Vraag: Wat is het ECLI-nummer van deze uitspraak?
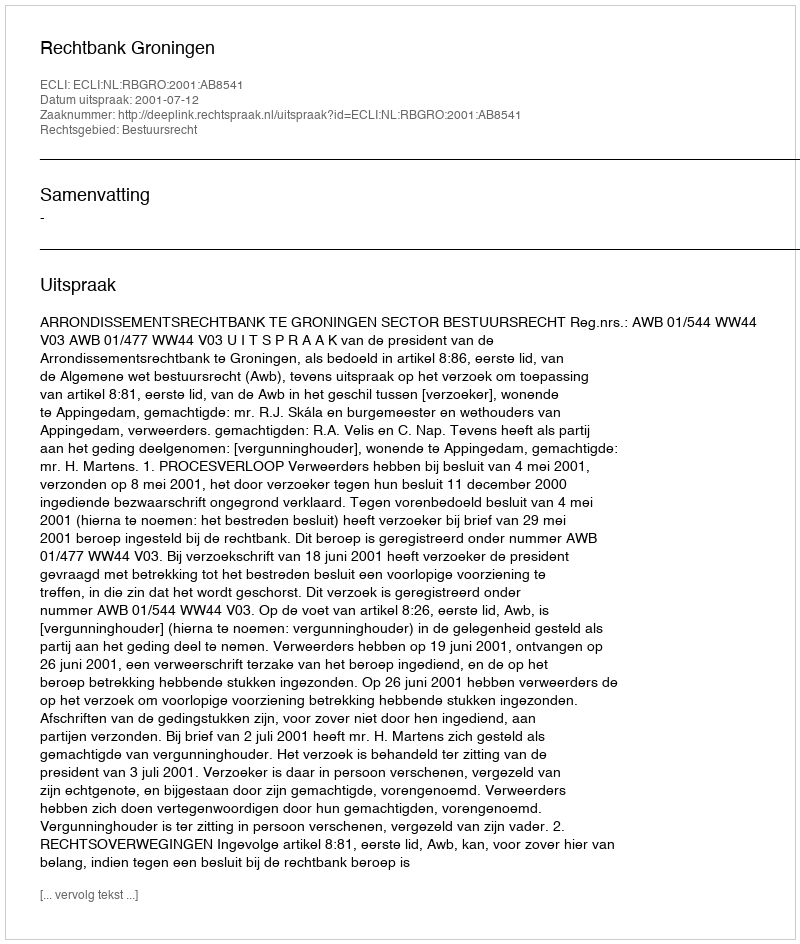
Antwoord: ECLI:NL:RBGRO:2001:AB8541